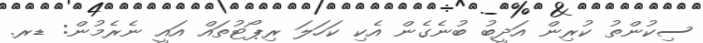
ސިކުންތު ކުރިން އަދީބު ބުނެގެން އެކި ކަހަލަ ރިޕޯޓުތައް އައީ ނެރެމުން: ޑރ.